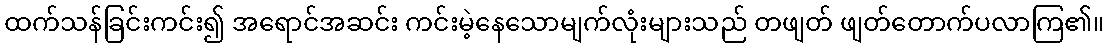
ထက်သန်ခြင်းကင်း၍ အရောင်အဆင်း ကင်းမဲ့နေသောမျက်လုံးများသည် တဖျတ် ဖျတ်တောက်ပလာကြ၏။